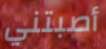
أصبتني